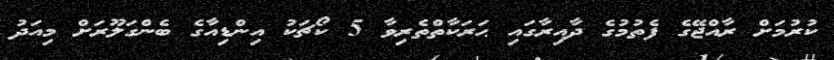
ކުރުމަށް ރާއްޖޭގެ ފެތުމުގެ ދާއިރާގައި ޙަރަކާތްތެރިވާ 5 ކޯޗަކު އިންޑިއާގެ ބެންގަލޫރަށް މިއަދު